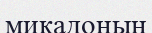
микадоның